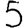
Digit: 5